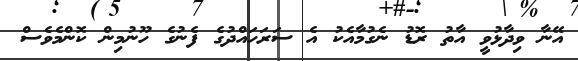
އޭނާ ވިދާޅުވީ އާތު ރޮޑު ނެގުމާއެކު އެ ސަރަހައްދުގެ ފެނުގެ ހޫނުމިން ކޮންމެވެސް